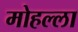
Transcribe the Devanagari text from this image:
मोहल्‍ला